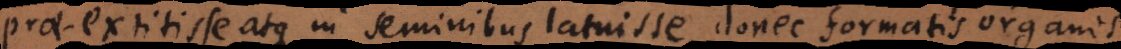
prae‐extitisse atque in seminibus latuisse donec formatis organis